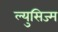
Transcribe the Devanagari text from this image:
ल्युसिज्म